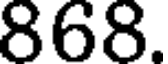
868.